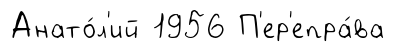
Анато́л'ий 1956 П'ер'епра́ва